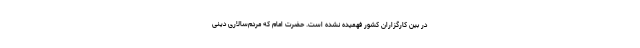
در بین کارگزاران کشور فهمیده نشده است. حضرت امام که مردم‌سالاری دینی